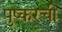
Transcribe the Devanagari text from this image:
पुष्करची